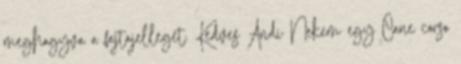
meghagyva a fajtajelleget. Kedves Andi Nekem egy Cane corso